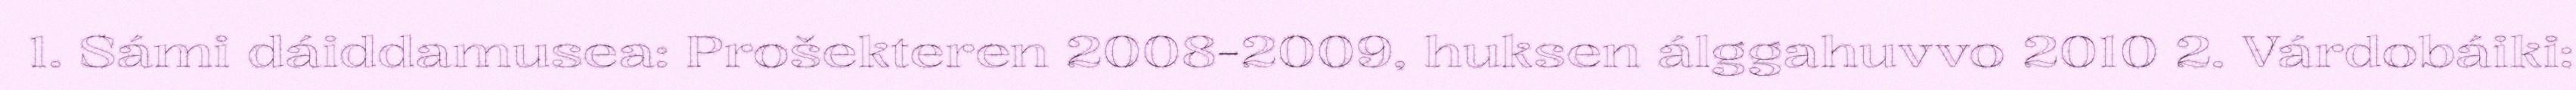
1. Sámi dáiddamusea: Prošekteren 2008-2009, huksen álggahuvvo 2010 2. Várdobáiki: